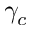
\gamma _ { c }